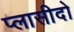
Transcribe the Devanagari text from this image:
प्लासीदो